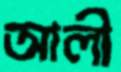
আলী